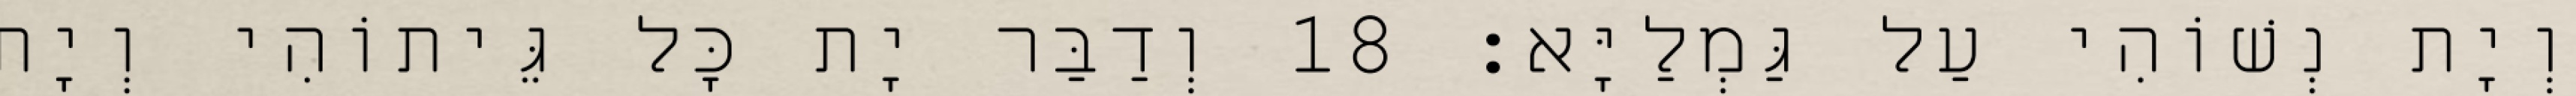
וְיָת נְשׁוֹהִי עַל גַּמְלַיָּא׃ 18 וְדַבַּר יָת כָּל גֵּיתוֹהִי וְיָת